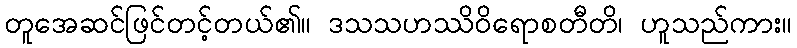
တူအေဆင်ဖြင်တင့်တယ်၏။ ဒသသဟဿိဝိရောစတီတိ၊ ဟူသည်ကား။